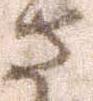
さ